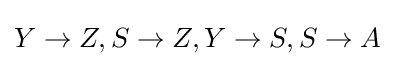
Y\to Z,S\to Z,Y\to S,S\to A